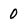
Character: 0